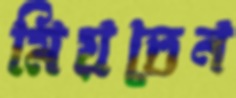
মিয়তেন